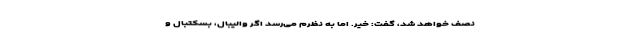
نصف خواهد شد، گفت: خیر. اما به نظرم می‌رسد اگر والیبال، بسکتبال و